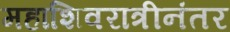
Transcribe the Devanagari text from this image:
महाशिवरात्रीनंतर